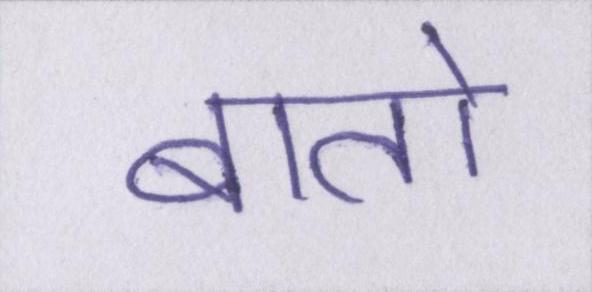
बातो